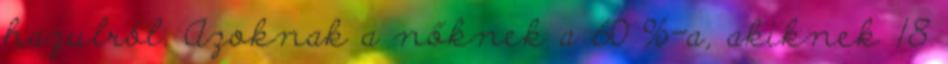
hazulról. Azoknak a nőknek a 60 %-a, akiknek 18